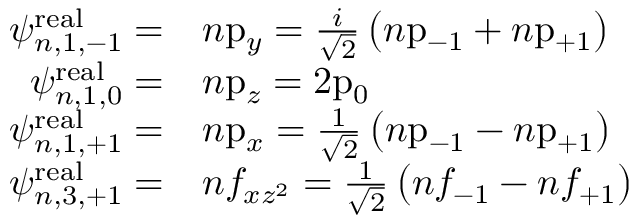
{ \begin{array} { r l } { \psi _ { n , 1 , - 1 } ^ { \mathrm { r e a l } } = } & { n { \mathrm { p } } _ { y } = { \frac { i } { \sqrt { 2 } } } \left( n { \mathrm { p } } _ { - 1 } + n { \mathrm { p } } _ { + 1 } \right) } \\ { \psi _ { n , 1 , 0 } ^ { \mathrm { r e a l } } = } & { n { \mathrm { p } } _ { z } = 2 { \mathrm { p } } _ { 0 } } \\ { \psi _ { n , 1 , + 1 } ^ { \mathrm { r e a l } } = } & { n { \mathrm { p } } _ { x } = { \frac { 1 } { \sqrt { 2 } } } \left( n { \mathrm { p } } _ { - 1 } - n { \mathrm { p } } _ { + 1 } \right) } \\ { \psi _ { n , 3 , + 1 } ^ { \mathrm { r e a l } } = } & { n f _ { x z ^ { 2 } } = { \frac { 1 } { \sqrt { 2 } } } \left( n f _ { - 1 } - n f _ { + 1 } \right) } \end{array} }